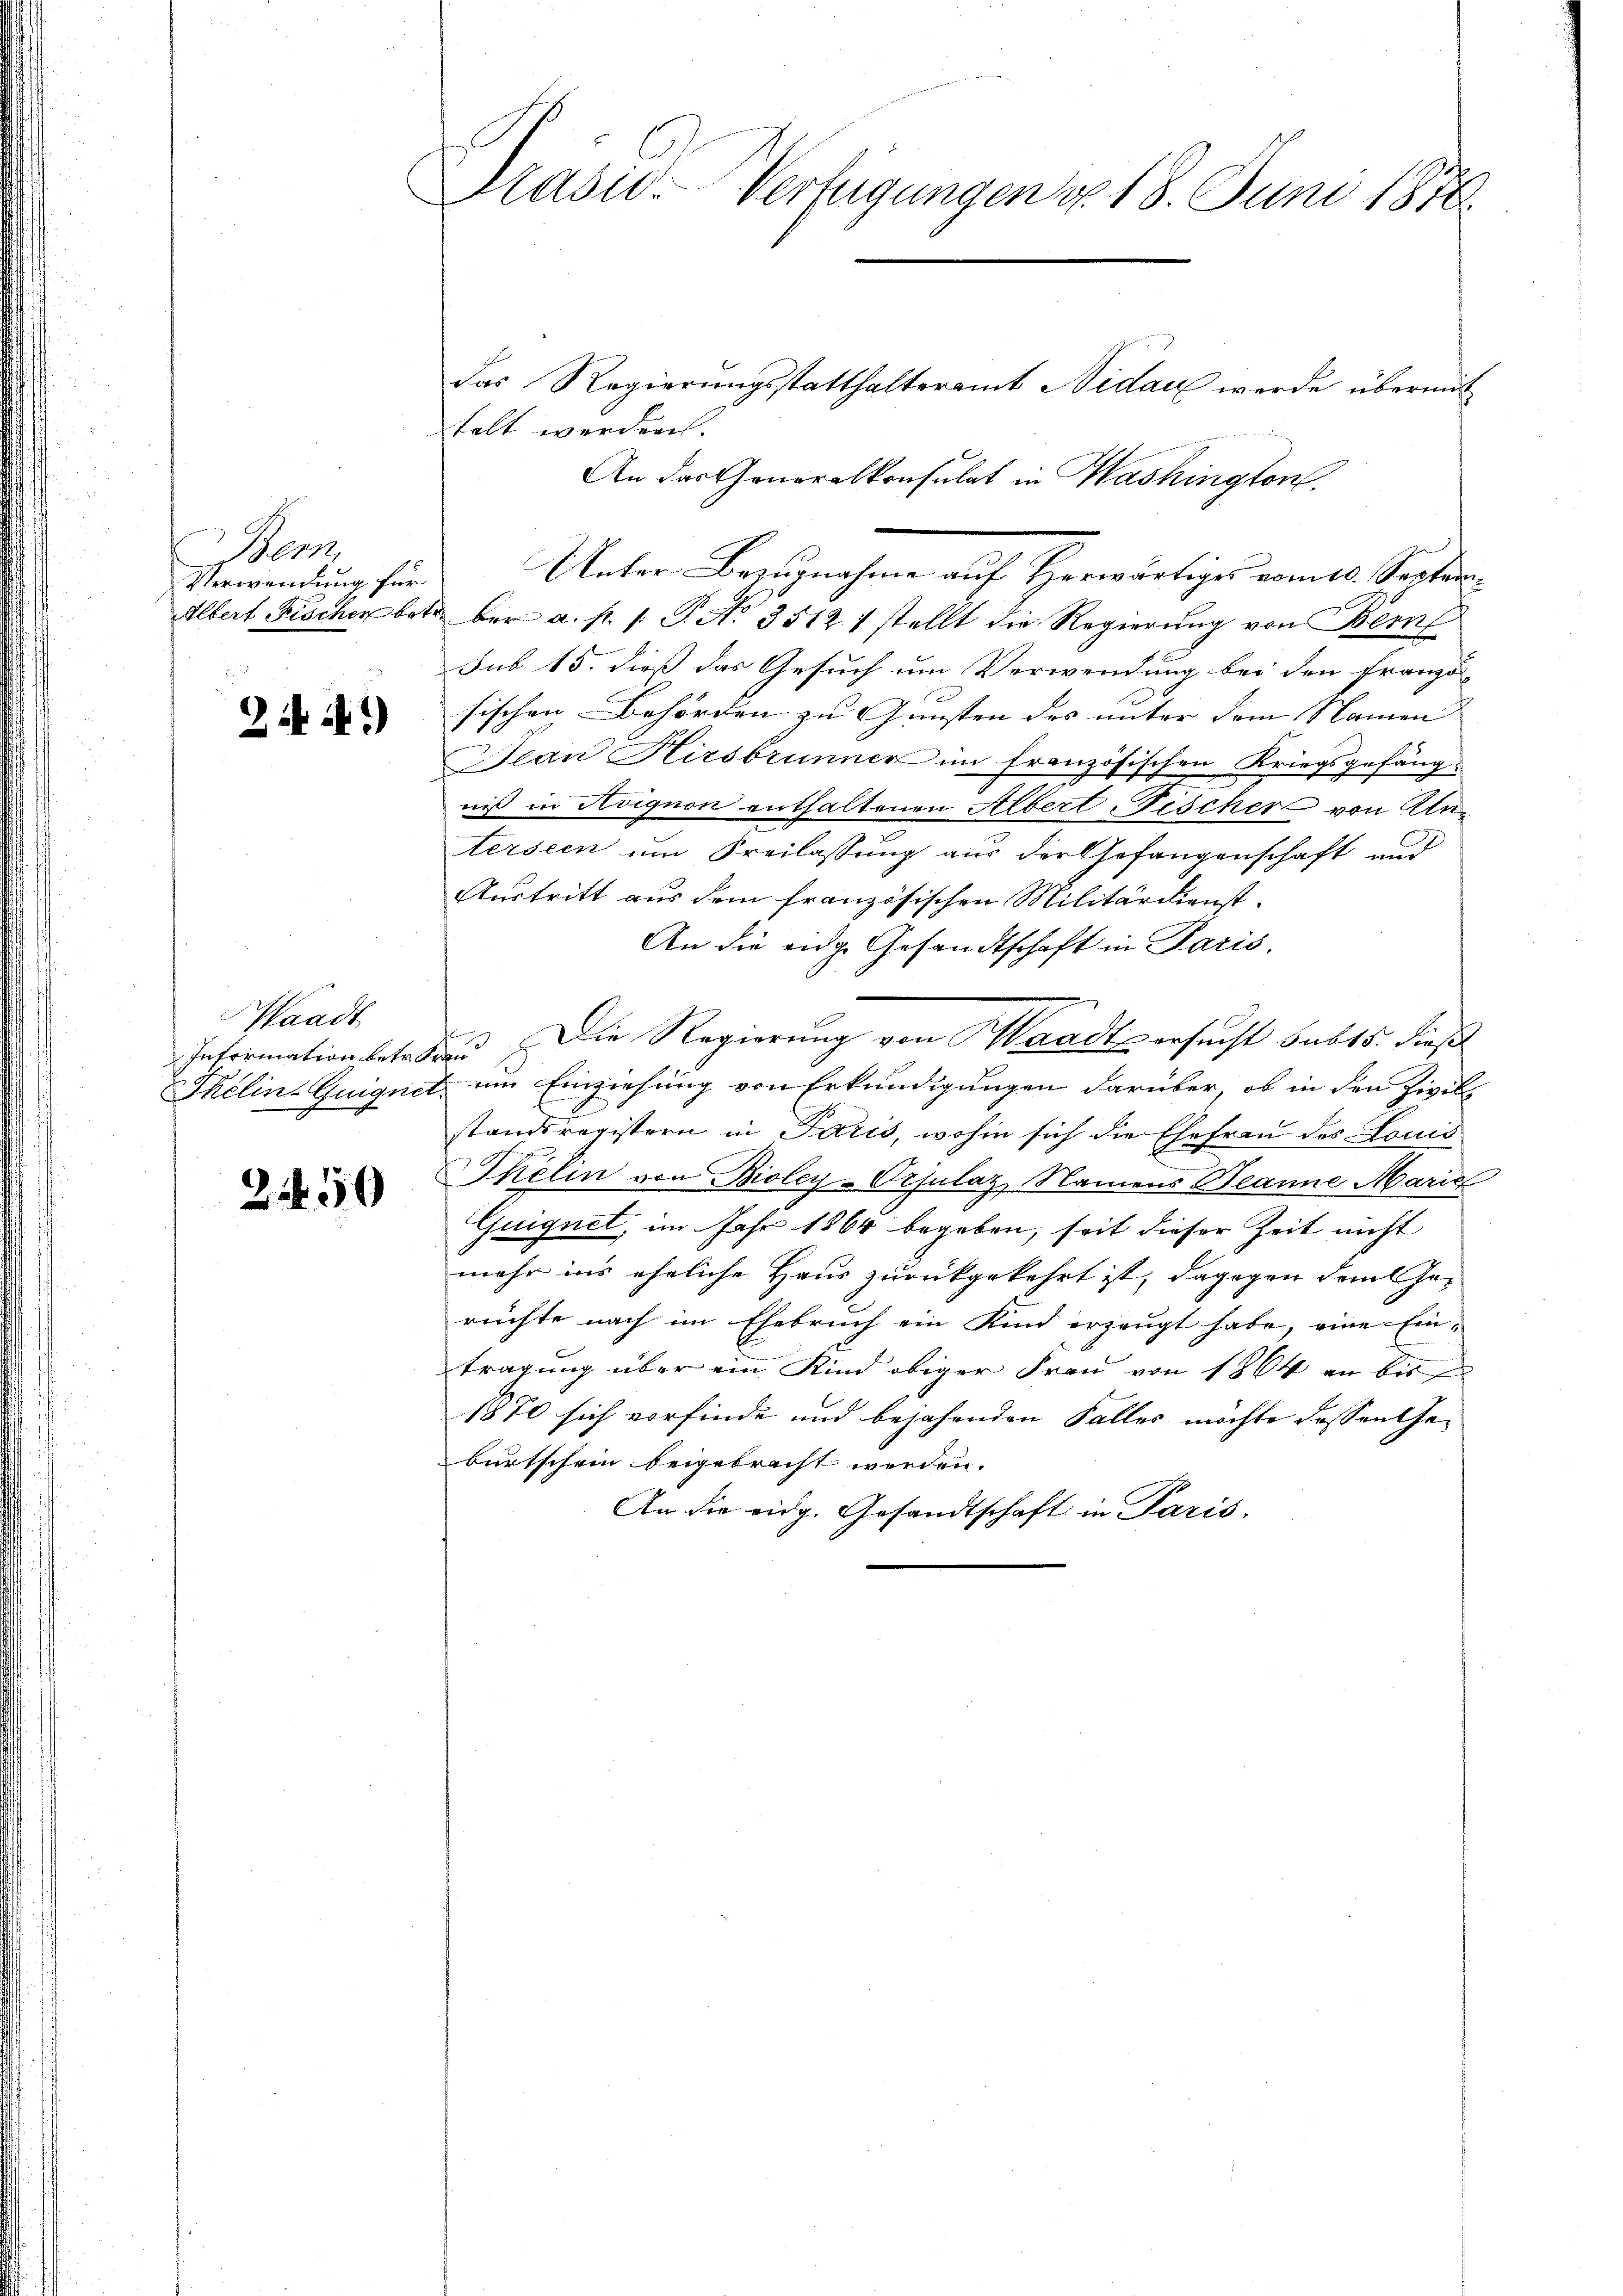
Bern
Verwendung für

244)

Waadt
Information betr.

2450

Präsid. Verfügungen u. 18. Juni 1870.

das Regierungsstatthalteramt Nidau werde übermit
talt werden.
An das Generalkonsulat in Washington
Unter Bezugnahme auf Herwärtiges vom 10. Septem¬
Albert Fischer betr. ber. a. p. 1. P. No. 3512 1 stellt die Regierŭng von Bern
sub 15. dieß das Gesuch um Verwendung bei den Französischen Behörden zu Gunsten des unter dem Namen |
Jean Hirsbrunner im französischen Kriegsgefäng
niß in Roignon enthaltenen Albert Fischer von Unterseen um Freilassung aus der Gefangenschaft und
Austritt aus dem französischen Militärdienst.
An die eidge Gesandtschaft in Paris.
und Die Regierung von Waadt ersucht batt 5. dieß
Tkelin-Guignet, um Einziehung von Erkundigungen darüber, ob in den Zivil
standsregistern in Paris, wohin sich die Ehefrau des Louis
kelin von Bioley-Orfulaz, Namens Deanne Marie
Guignet, im Jahr 1864 begeben, seit dieser Zeit nicht
mehr ins eheliche Haus zurückgekehrt ist, dagegen dem Jorechte nach im Ehebruch ein Kind erzeugt habe, eine Eintragung über ein Kind obiger Frau von 1864 an bis
1870 sich vorfinde und bejahenden Falles möchte dessen Geburtschein beigebracht werden.
An die eidg. Gesandtschaft in Paris.